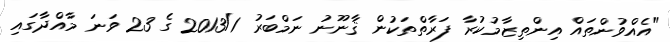
"އެއްވުންތައް އިންތިޒާމުކުރާ ފަރާތްތަކުން ޤާނޫނު ނަމްބަރު 2013/1 ގެ 23 ވަނަ މާއްދާގައި